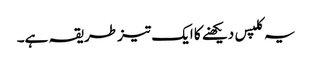
یہ کلپس دیکھنے کا ایک تیز طریقہ ہے۔